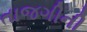
તાજગીની